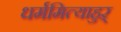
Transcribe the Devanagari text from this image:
धर्ममित्याहुऱ्